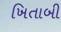
ખિતાબી